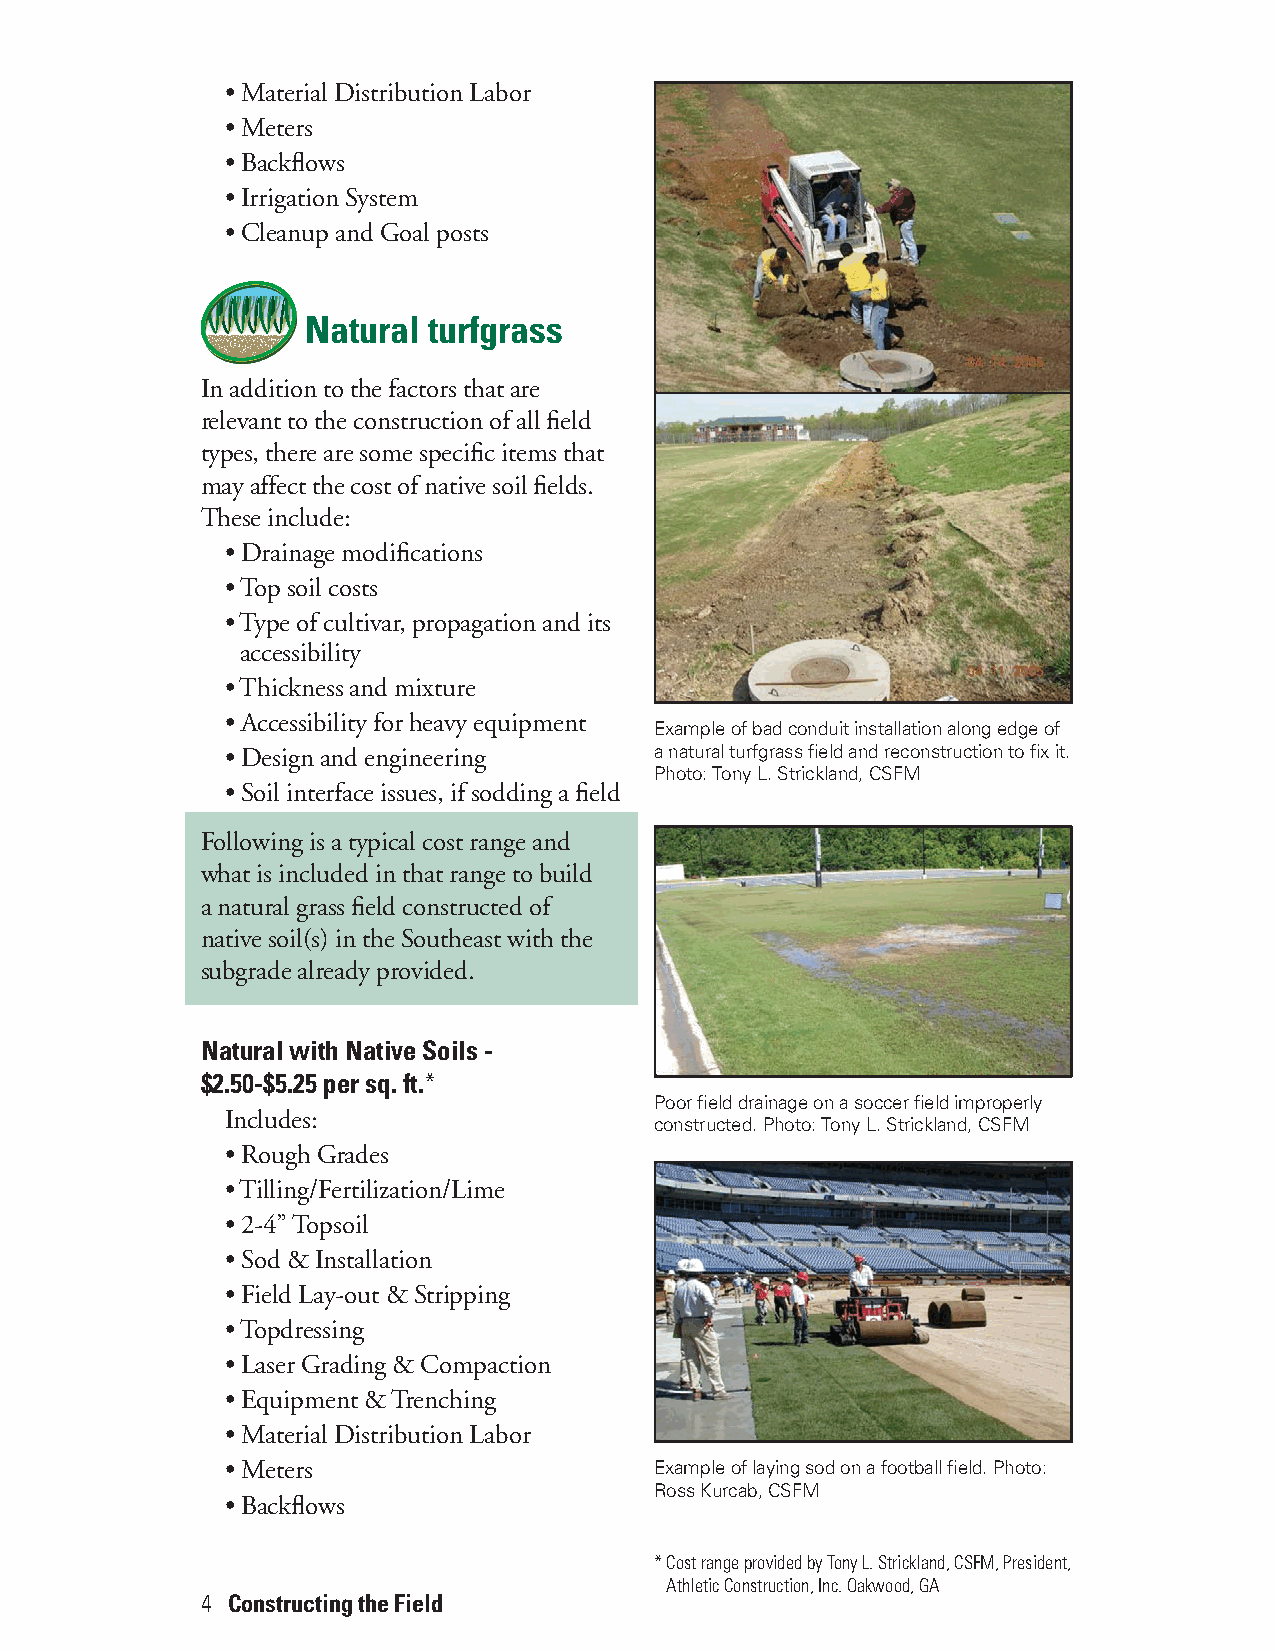
• Material Distribution Labor
 • Meters
 • Backflows
 • Irrigation System
 • Cleanup and Goal posts
 Natural turfgrass
 In addition to the factors that are
 relevant to the construction of all field
 types, there are some specific items that
 may affect the cost of native soil fields.
 These include:
 • Drainage modifications
 • Top soil costs
 • Type of cultivar, propagation and its
 accessibility
 • Thickness and mixture
 • Accessibility for heavy equipment
 Example of bad conduit installation along edge of
 • Design and engineering    a natural turfgrass field and reconstruction to fix it.
 Photo: Tony L. Strickland, CSFM
 • Soil interface issues, if sodding a field
 Following is a typical cost range and
 what is included in that range to build
 a natural grass field constructed of
 native soil(s) in the Southeast with the
 subgrade already provided.
 Natural with Native Soils -
 $2.50-$5.25 per sq. ft.*
 Poor field drainage on a soccer field improperly
 Includes:
 constructed. Photo: Tony L. Strickland, CSFM
 • Rough Grades
 • Tilling/Fertilization/Lime
 • 2-4” Topsoil
 • Sod & Installation
 • Field Lay-out & Stripping
 • Topdressing
 • Laser Grading & Compaction
 • Equipment & Trenching
 • Material Distribution Labor
 • Meters                    Example of laying sod on a football field. Photo:
 Ross Kurcab, CSFM
 • Backflows
 *Cost range provided by Tony L. Strickland, CSFM, President,
 Athletic Construction, Inc. Oakwood, GA
 4 Constructing the Field